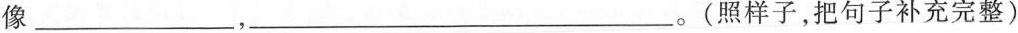
像___，___。(照样子，把句子补充完整)